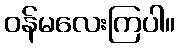
ဝန်မလေးကြပါ။